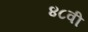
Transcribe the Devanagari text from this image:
४८वी